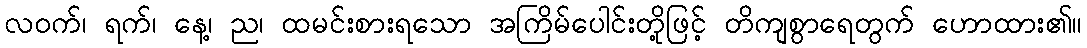
လဝက်၊ ရက်၊ နေ့၊ ည၊ ထမင်းစားရသော အကြိမ်ပေါင်းတို့ဖြင့် တိကျစွာရေတွက် ဟောထား၏။